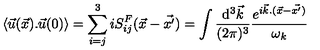
\langle { \vec { u } } ( \vec { x } ) . { \vec { u } } ( 0 ) \rangle = \sum _ { i = j } ^ { 3 } i S _ { i j } ^ { F } ( { \vec { x } } - { \vec { x ^ { \prime } } } ) = \int { \frac { \mathrm { d } ^ { 3 } { \vec { k } } } { ( 2 \pi ) ^ { 3 } } } { { \frac { e ^ { i { \vec { k } } . ( { \vec { x } } - { \vec { x ^ { \prime } } ) } } } { \omega _ { k } } } }